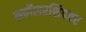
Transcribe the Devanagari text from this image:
स्कॉलरशिपवर